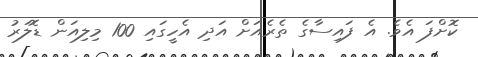
ކޮށްފަ އެވެ. އެ ފައިސާގެ ތެރެއަށް އަދި އެހީގައި 100 މިލިއަން ޑޮލަރު